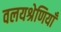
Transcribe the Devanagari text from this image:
वलयश्रेणियाँ